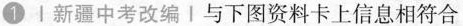
Ⅰ新疆中考改编Ⅰ与下图资料卡上信息相符合